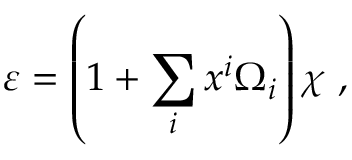
\varepsilon = \left( 1 + \sum _ { i } x ^ { i } \Omega _ { i } \right) \chi ~ ,